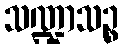
သဏ္ဍာသဉ္စ